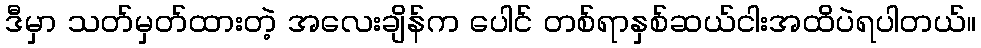
ဒီမှာ သတ်မှတ်ထားတဲ့ အလေးချိန်က ပေါင် တစ်ရာနှစ်ဆယ်ငါးအထိပဲရပါတယ်။